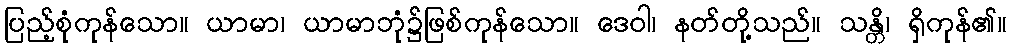
ပြည့်စုံကုန်သော။ ယာမာ၊ ယာမာဘုံ၌ဖြစ်ကုန်သော။ ဒေဝါ၊ နတ်တို့သည်။ သန္တိ၊ ရှိကုန်၏။